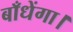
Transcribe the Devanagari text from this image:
बाँधेंगा।